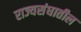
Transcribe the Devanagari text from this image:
राज्यसंघातील